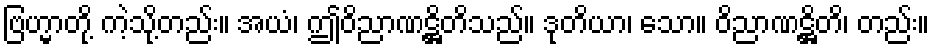
ဗြဟ္မာတို့ ကဲ့သို့တည်း။ အယံ၊ ဤဝိညာဏဋ္ဌိတိသည်။ ဒုတိယာ၊ သော။ ဝိညာဏဋ္ဌိတိ၊ တည်း။